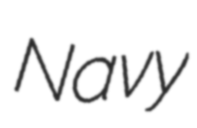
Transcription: Navy